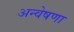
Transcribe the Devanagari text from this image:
अन्वेषणा